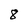
Character: 8